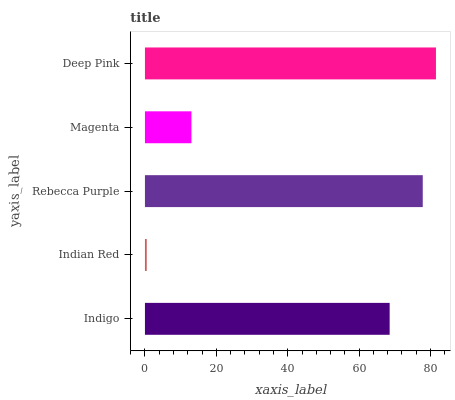
| yaxis_label | bars |
 | --- | --- |
 | Indigo | 68.6 |
 | Indian Red | 0.505 |
 | Rebecca Purple | 77.8 |
 | Magenta | 13 |
 | Deep Pink | 81.5 |